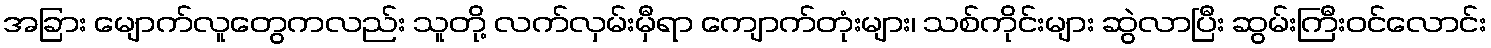
အခြား မျောက်လူတွေကလည်း သူတို့ လက်လှမ်းမှီရာ ကျောက်တုံးများ၊ သစ်ကိုင်းများ ဆွဲလာပြီး ဆွမ်းကြီးဝင်လောင်း